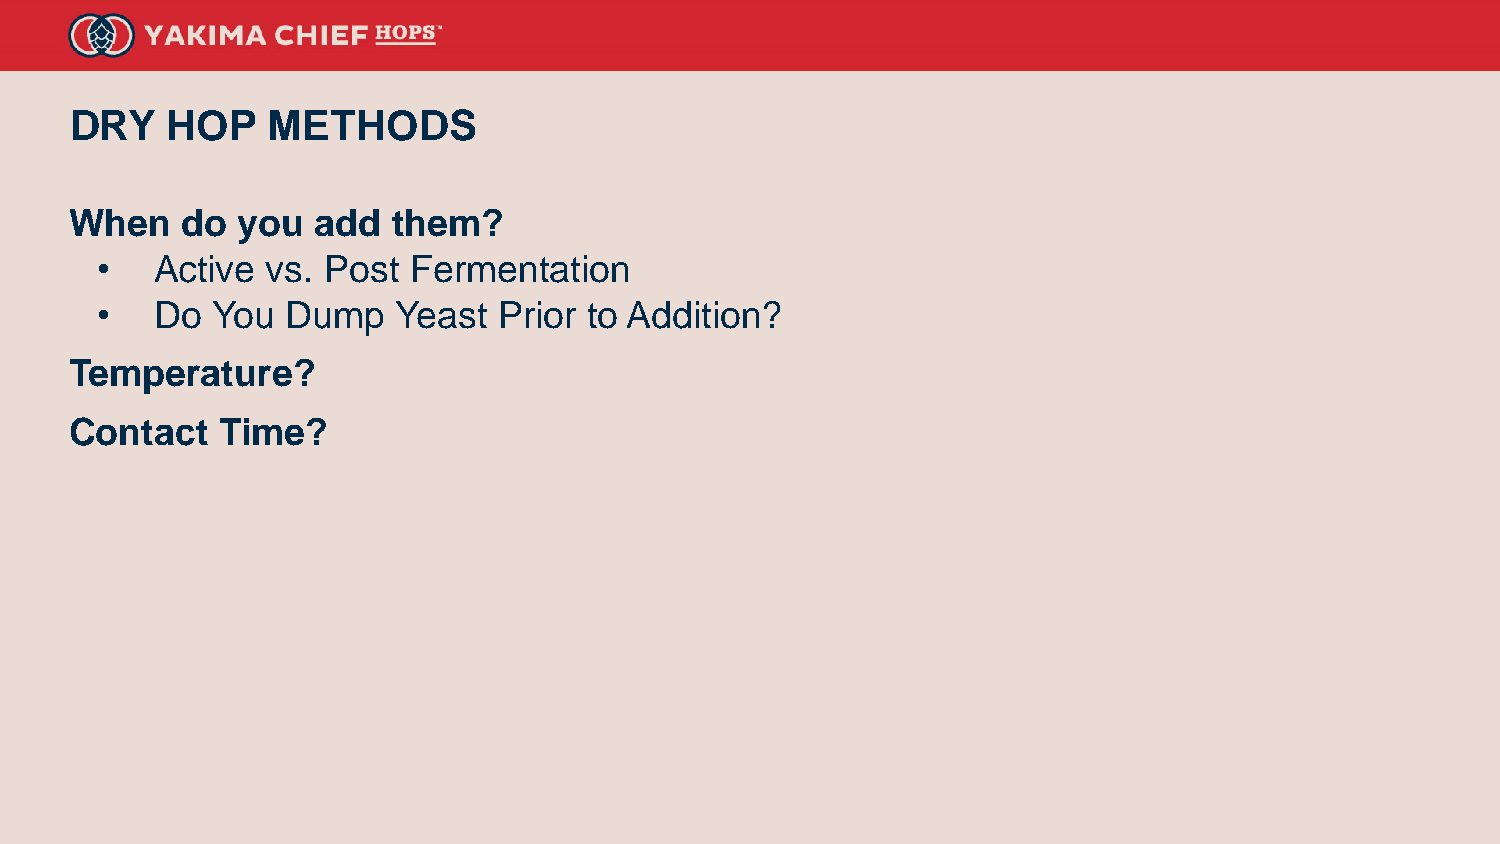
DRY   HOP    METHODS
 When   do  you  add  them?
 •   Active  vs. Post Fermentation
 •   Do  You  Dump   Yeast  Prior to Addition?
 Temperature?
 Contact  Time?